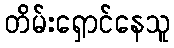
တိမ်းရှောင်နေသူ